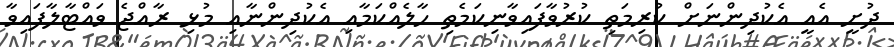
ދުށީ އެއީ އެކުދިންނަށް ކުރިމަތި ކުރުވާފައިވާނިކަމެތި ހާލެއްކަމާއި އެކުދިންނާއި މުޅި ރާއްޖެ ވައްޓާލާފައިވާ